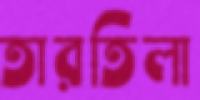
তারতিলা